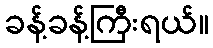
ခန့်ခန့်ကြီးရယ်။